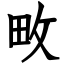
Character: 畋